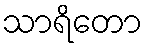
သာရိတော